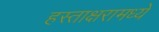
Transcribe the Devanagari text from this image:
हस्ताक्षरामध्ये